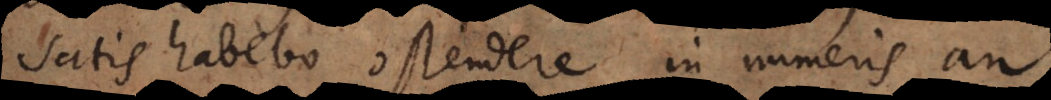
satis habebo ostendere in numeris an